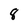
Character: 8